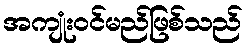
အကျုံးဝင်မည်ဖြစ်သည်